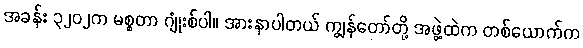
အခန်း ၃၂၀၂က မစ္စတာ ဂျုံးစ်ပါ။ အားနာပါတယ် ကျွန်တော်တို့ အဖွဲ့ထဲက တစ်ယောက်က